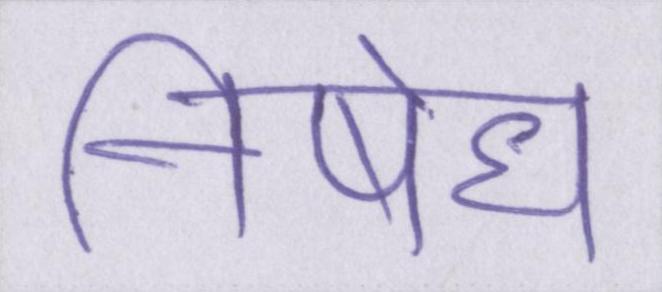
निषेध